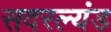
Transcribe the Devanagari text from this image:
सदरल्यंड